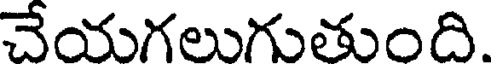
చేయగలుగుతుంది.